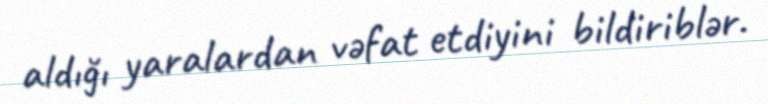
aldığı yaralardan vəfat etdiyini bildiriblər.